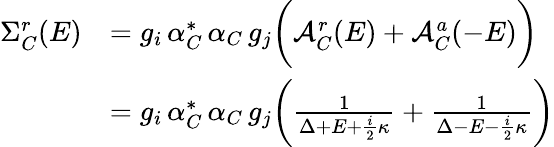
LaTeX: \begin{array}{rl}{\Sigma_{C}^{r}(E)}&{=g_{i}\, \alpha_{C}^{*}\, \alpha_{C}\, g_{j}\bigg(\mathcal{A}_{C}^{r}(E)+\mathcal{A}_{C}^{a}(-E)\bigg)}\\ &{=g_{i}\, \alpha_{C}^{*}\, \alpha_{C}\, g_{j}\bigg(\frac{1}{\Delta+E+\frac{i}{2}\kappa}+\frac{1}{\Delta-E-\frac{i}{2}\kappa}\bigg)}\end{array}